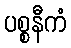
ပစ္စနီကံ